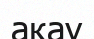
ақау